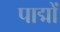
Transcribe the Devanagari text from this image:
पाद्मों